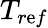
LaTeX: T_{r\mathrm{e}f}